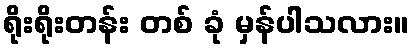
ရိုးရိုးတန်း တစ် ခုံ မှန်ပါသလား။